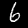
Digit: 6